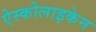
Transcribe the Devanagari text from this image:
ऐस्कोलाइकेन